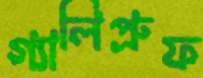
গ্যালিপ্রুফ